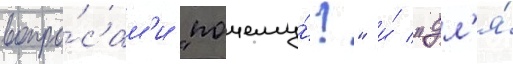
вопро́сам'и "почему́?" и́ "дл'я́